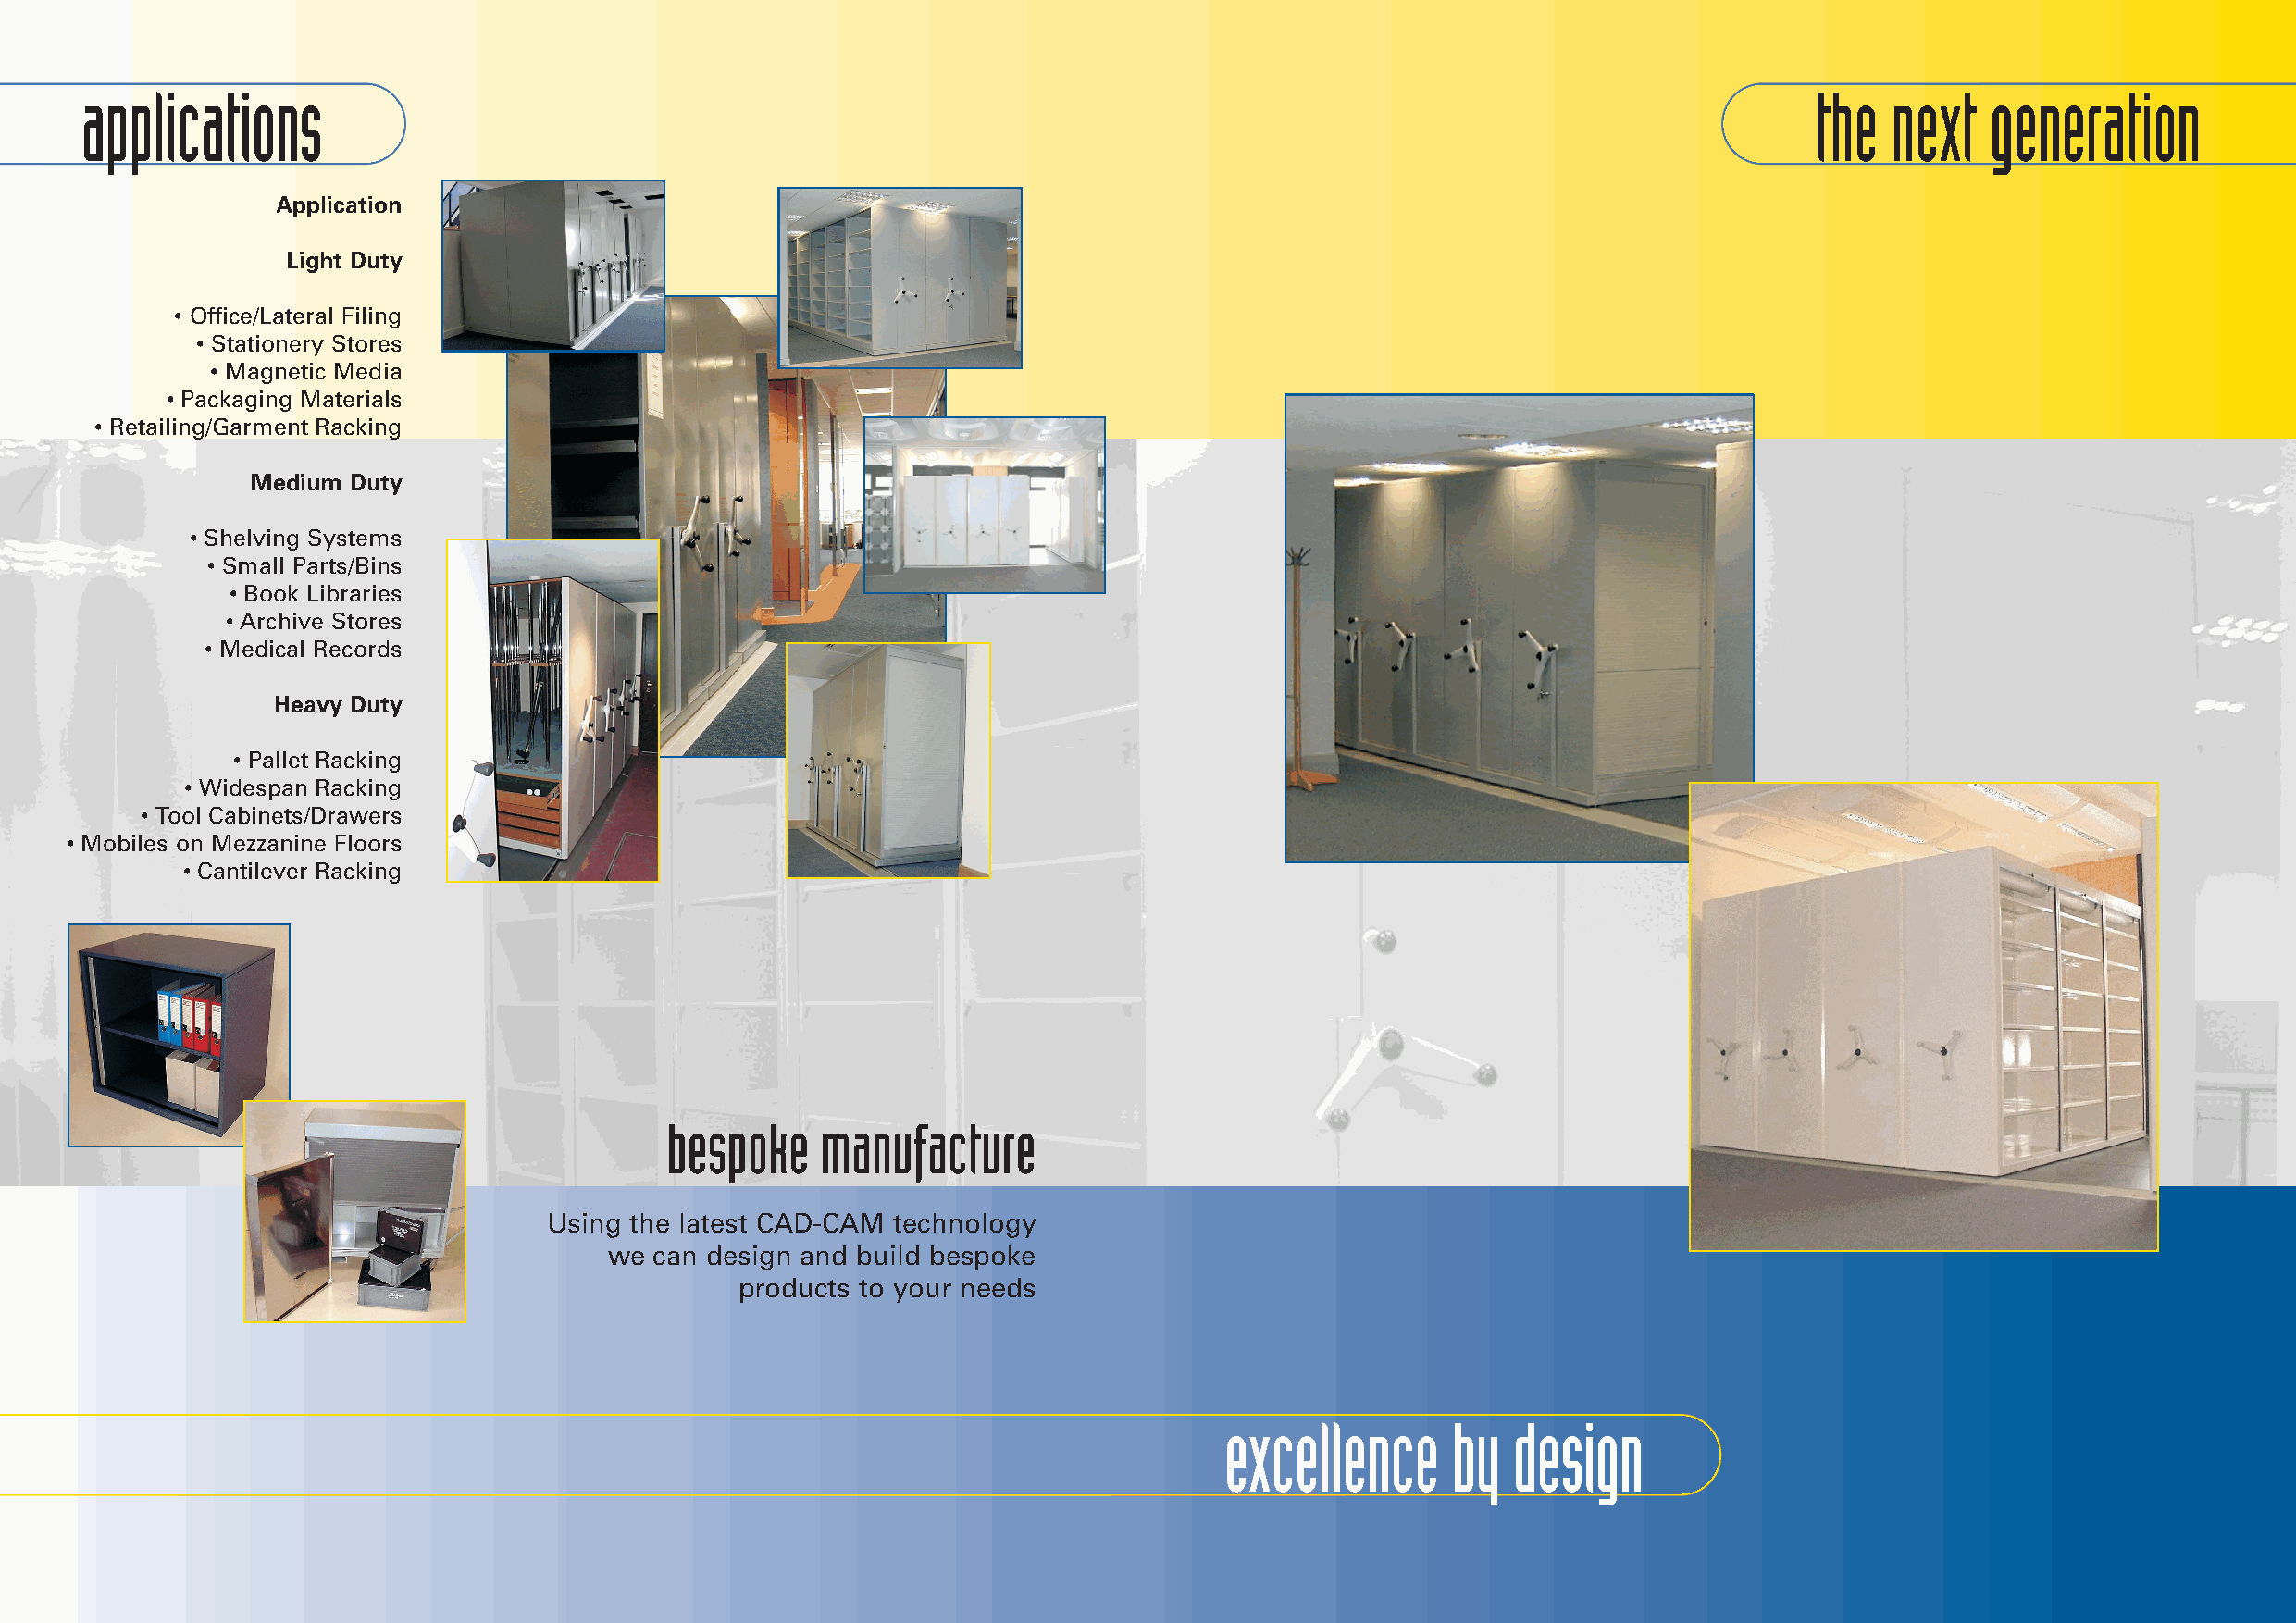
applications                                                                                                                the  next   generation
 Application
 Light Duty
 • Office/Lateral Filing
 • Stationery Stores
 • Magnetic Media
 • Packaging Materials
 • Retailing/Garment Racking
 Medium Duty
 • Shelving Systems
 • Small Parts/Bins
 • Book Libraries
 • Archive Stores
 • Medical Records
 Heavy Duty
 • Pallet Racking
 • Widespan Racking
 • Tool Cabinets/Drawers
 • Mobiles on Mezzanine Floors
 • Cantilever Racking
 bespoke    manufacture
 Using the latest CAD-CAM technology
 we  can design and build bespoke
 products to your needs
 excellence      by  design